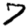
Digit: 7